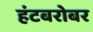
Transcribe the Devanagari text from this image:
हंटबरोबर